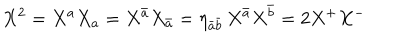
X ^ { 2 } = X ^ { a } X _ { a } = X ^ { \bar { a } } X _ { \bar { a } } = \eta _ { \bar { a } \bar { b } } \, X ^ { \bar { a } } X ^ { \bar { b } } = 2 X ^ { + } X ^ { - }